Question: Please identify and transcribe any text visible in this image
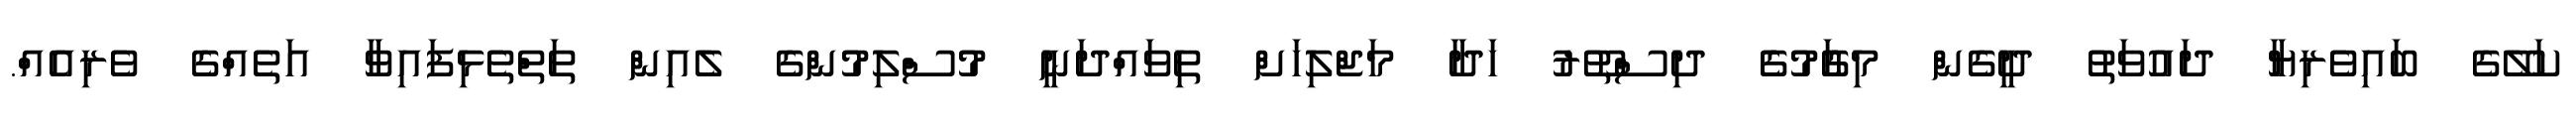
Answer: ކަލޭގެ ބައިވެރިޔާ ދައުވަތު ދީގެން މިގަެުމުގެެ ދިސްތޫރު ހަދާ މަޖްލިހަށް ތިވައްދަނީ މުސްލިމުންގެ ލެއިން ތަތްތެޅިފައިވާ އަތެއްގެ ވެރިއެއް.